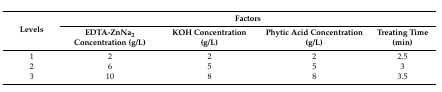
| <ROWSPAN=2> Levels | <COLSPAN=4> Factors |
 | EDTA-ZnNa2 Concentration (g/L) | KOH Concentration (g/L) | Phytic Acid Concentration(g/L) | Treating Time(min) |
 | --- | --- | --- | --- | --- |
 | 1 | 2 | 2 | 2 | 2.5 |
 | 2 | 6 | 5 | 5 | 3 |
 | 3 | 10 | 8 | 8 | 3.5 |